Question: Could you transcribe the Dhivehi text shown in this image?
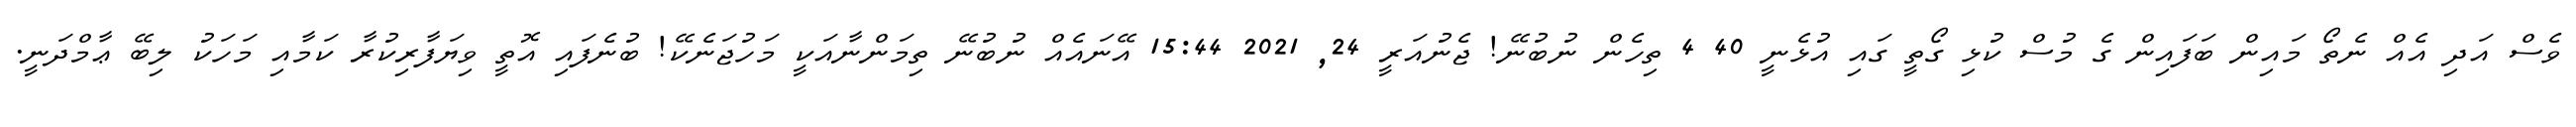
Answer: ވެސް އަދި އެއް ނެތޯ މައިން ބަފައިން ގެ މުސް ކުޅި ގޯތީ ގައި އުޅެނީ 40 4 ތިހެން ނުބުނޭ! ޖެނުއަރީ 24, 2021 15:44 އޭނައެއް ނުބުނޭ ތިމަންނާއަކީ މަހުޖަނެކޭ! ބުނެފައި އޮތީ ވިޔަފާރިކުރާ ކަމާއި މަހަކު ލިބޭ ޢާމްދަނީ.